Plague in India, 1896, 1897 - Volume 3
Year: 1896
Disease focus: Plague
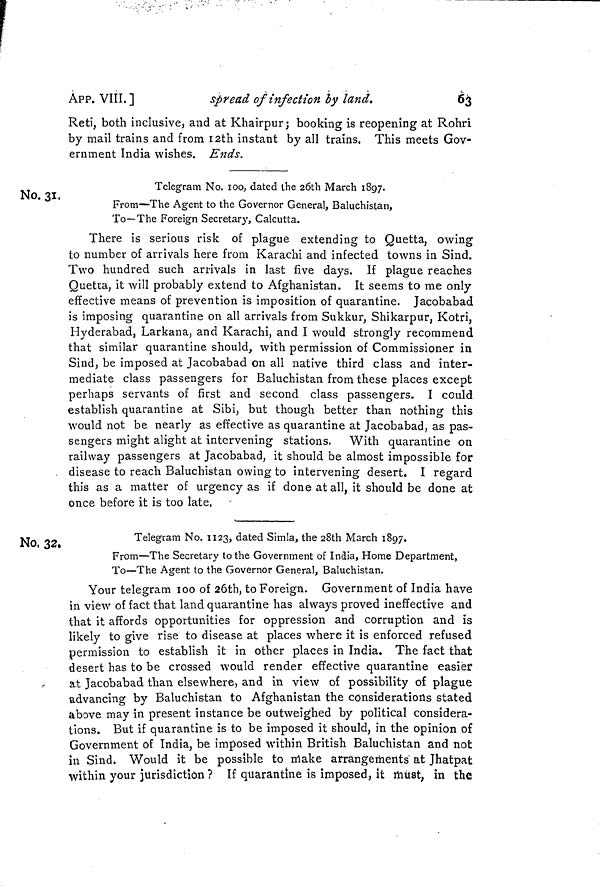
63
ÁPP. VIII. ]
spread of infection by land.
Reti, both inclusive, and at Khairpur; booking is reopening at Rohri
by mail trains and from I2th instant by all trains. This meets Gov-
ernment India wishes. Ends.
No. 31.
Telegram No. 100, dated the 26th March 1897.
From—The Agent to the Governor General, Baluchistan,
To—The Foreign Secretary, Calcutta.
There is serious risk of plague extending to Quetta, owing
to number of arrivals here from Karachi and infected towns in Sind.
Two hundred such arrivals in last five days. If plague reaches
Quetta, it will probably extend to Afghanistan. It seems to me only
effective means of prevention is imposition of quarantine. Jacobabad
is imposing quarantine on all arrivals from Sukkur, Shikarpur, Kotri,
Hyderabad, Larkana, and Karachi, and I would strongly recommend
that similar quarantine should, with permission of Commissioner in
Sind; be imposed at Jacobabad on all native third class and inter-
mediate class passengers for Baluchistan from these places except
perhaps servants of first and second class passengers. I could
establish quarantine at Sibi, but though better than nothing this
would not be nearly as effective as quarantine at Jacobabad, as pas-
sengers might alight at intervening stations. With quarantine on
railway passengers at Jacobabad, it should be almost impossible for
disease to reach Baluchistan owing to intervening desert. I regard
this as a matter of urgency as if done at all, it should be done at
once before it is too late,
No, 32.
Telegram No. 1123, dated Simla, the 28th March 1897.
From—The Secretary to the Government of India, Home Department,
To—The Agent to the Governor General, Baluchistan.
Your telegram 100 of 26th, to Foreign. Government of India have
in view of fact that land quarantine has always proved ineffective and
that it affords opportunities for oppression and corruption and is
likely to give rise to disease at places where it is enforced refused
permission to establish it in other places in India. The fact that
desert has to be crossed would render effective quarantine easier
at Jacobabad than elsewhere, and in view of possibility of plague
advancing by Baluchistan to Afghanistan the considerations stated
above may in present instance be outweighed by political considera-
tions. But if quarantine is to be imposed it should, in the opinion of
Government of India, be imposed within British Baluchistan and not
in Sind. Would it be possible to make arrangements at Jhatpat
within your jurisdiction? If quarantine is imposed, it must, in the